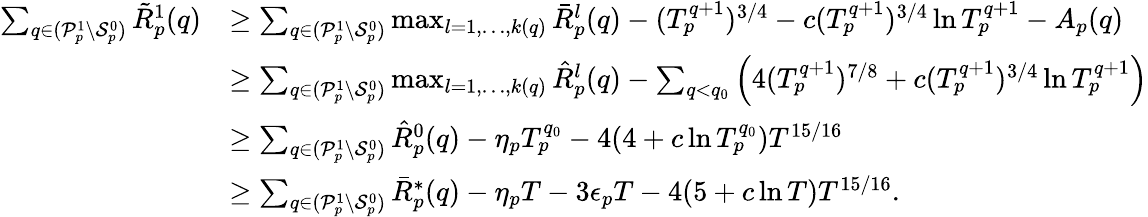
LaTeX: \begin{array}{rl}{\sum_{q\in(\mathcal{P}_{p}^{1}\setminus\mathcal{S}_{p}^{0})}\tilde{R}_{p}^{1}(q)}&{\geq\sum_{q\in(\mathcal{P}_{p}^{1}\setminus\mathcal{S}_{p}^{0})}\operatorname*{max}_{l=1,\ldots,k(q)}\bar{R}_{p}^{l}(q)-(T_{p}^{q+1})^{3/4}-c(T_{p}^{q+1})^{3/4}\ln T_{p}^{q+1}-A_{p}(q)}\\ &{\geq\sum_{q\in(\mathcal{P}_{p}^{1}\setminus\mathcal{S}_{p}^{0})}\operatorname*{max}_{l=1,\ldots,k(q)}\hat{R}_{p}^{l}(q)-\sum_{q<q_{0}}\left(4(T_{p}^{q+1})^{7/8}+c(T_{p}^{q+1})^{3/4}\ln T_{p}^{q+1}\right)}\\ &{\geq\sum_{q\in(\mathcal{P}_{p}^{1}\setminus\mathcal{S}_{p}^{0})}\hat{R}_{p}^{0}(q)-\eta_{p}T_{p}^{q_{0}}-4(4+c\ln T_{p}^{q_{0}})T^{15/16}}\\ &{\geq\sum_{q\in(\mathcal{P}_{p}^{1}\setminus\mathcal{S}_{p}^{0})}\bar{R}_{p}^{*}(q)-\eta_{p}T-3\epsilon_{p}T-4(5+c\ln T)T^{15/16}.}\end{array}